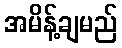
အမိန့်ချမည်